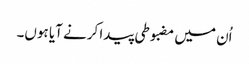
اُن میں مضبوطی پیدا کرنے آیا ہوں۔